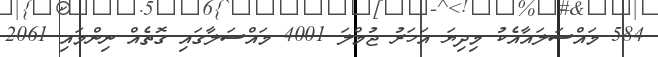
584 މައްސަލައާއެކު މިދިޔަ އަހަރު ޖުމްލަ 4001 މައްސަލާގައި ގޮތެއް ނިންމައި 2061